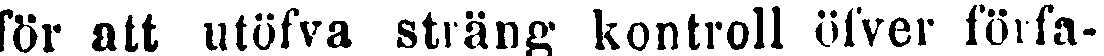
för att utöfva sträng kontroll öfver förfa-